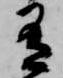
有